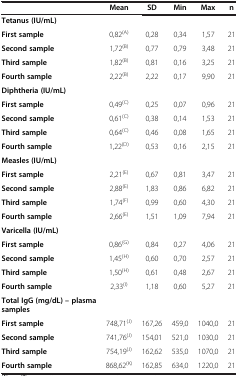
<table><thead><tr><td><b> </b></td><td><b>Mean</b></td><td><b>SD</b></td><td><b>Min</b></td><td><b>Max</b></td><td><b>n</b></td></tr></thead><tbody><tr><td><b>Tetanus (IU/mL)</b></td><td> </td><td> </td><td> </td><td> </td><td> </td></tr><tr><td><b>First sample</b></td><td>0,82<sup>(A)</sup></td><td>0,28</td><td>0,34</td><td>1,57</td><td>21</td></tr><tr><td><b>Second sample</b></td><td>1,72<sup>(B)</sup></td><td>0,77</td><td>0,79</td><td>3,48</td><td>21</td></tr><tr><td><b>Third sample</b></td><td>1,82<sup>(B)</sup></td><td>0,81</td><td>0,16</td><td>3,25</td><td>21</td></tr><tr><td><b>Fourth sample</b></td><td>2,22<sup>(B)</sup></td><td>2,22</td><td>0,17</td><td>9,90</td><td>21</td></tr><tr><td><b>Diphtheria (IU/mL)</b></td><td> </td><td> </td><td> </td><td> </td><td> </td></tr><tr><td><b>First sample</b></td><td>0,49<sup>(C)</sup></td><td>0,25</td><td>0,07</td><td>0,96</td><td>21</td></tr><tr><td><b>Second sample</b></td><td>0,61<sup>(C)</sup></td><td>0,38</td><td>0,14</td><td>1,53</td><td>21</td></tr><tr><td><b>Third sample</b></td><td>0,64<sup>(C)</sup></td><td>0,46</td><td>0,08</td><td>1,65</td><td>21</td></tr><tr><td><b>Fourth sample</b></td><td>1,22<sup>(D)</sup></td><td>0,53</td><td>0,16</td><td>2,15</td><td>21</td></tr><tr><td><b>Measles (IU/mL)</b></td><td> </td><td> </td><td> </td><td> </td><td> </td></tr><tr><td><b>First sample</b></td><td>2,21<sup>(E)</sup></td><td>0,67</td><td>0,81</td><td>3,47</td><td>21</td></tr><tr><td><b>Second sample</b></td><td>2,88<sup>(E)</sup></td><td>1,83</td><td>0,86</td><td>6,82</td><td>21</td></tr><tr><td><b>Third sample</b></td><td>1,74<sup>(F)</sup></td><td>0,99</td><td>0,60</td><td>4,30</td><td>21</td></tr><tr><td><b>Fourth sample</b></td><td>2,66<sup>(E)</sup></td><td>1,51</td><td>1,09</td><td>7,94</td><td>21</td></tr><tr><td><b>Varicella (IU/mL)</b></td><td> </td><td> </td><td> </td><td> </td><td> </td></tr><tr><td><b>First sample</b></td><td>0,86<sup>(G)</sup></td><td>0,84</td><td>0,27</td><td>4,06</td><td>21</td></tr><tr><td><b>Second sample</b></td><td>1,45<sup>(H)</sup></td><td>0,60</td><td>0,70</td><td>2,57</td><td>21</td></tr><tr><td><b>Third sample</b></td><td>1,50<sup>(H)</sup></td><td>0,61</td><td>0,48</td><td>2,67</td><td>21</td></tr><tr><td><b>Fourth sample</b></td><td>2,33<sup>(I)</sup></td><td>1,18</td><td>0,60</td><td>5,27</td><td>21</td></tr><tr><td><b>Total IgG (mg/dL) – plasma samples</b></td><td> </td><td> </td><td> </td><td> </td><td> </td></tr><tr><td><b>First sample</b></td><td>748,71<sup>(J)</sup></td><td>167,26</td><td>459,0</td><td>1040,0</td><td>21</td></tr><tr><td><b>Second sample</b></td><td>741,76<sup>(J)</sup></td><td>154,01</td><td>521,0</td><td>1030,0</td><td>21</td></tr><tr><td><b>Third sample</b></td><td>754,19<sup>(J)</sup></td><td>162,62</td><td>535,0</td><td>1070,0</td><td>21</td></tr><tr><td><b>Fourth sample</b></td><td>868,62<sup>(K)</sup></td><td>162,85</td><td>634,0</td><td>1220,0</td><td>21</td></tr></tbody></table>